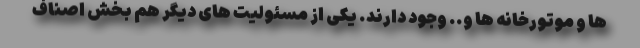
ها و موتورخانه ها و.. وجود دارند. یکی از مسئولیت های دیگر هم بخش اصناف